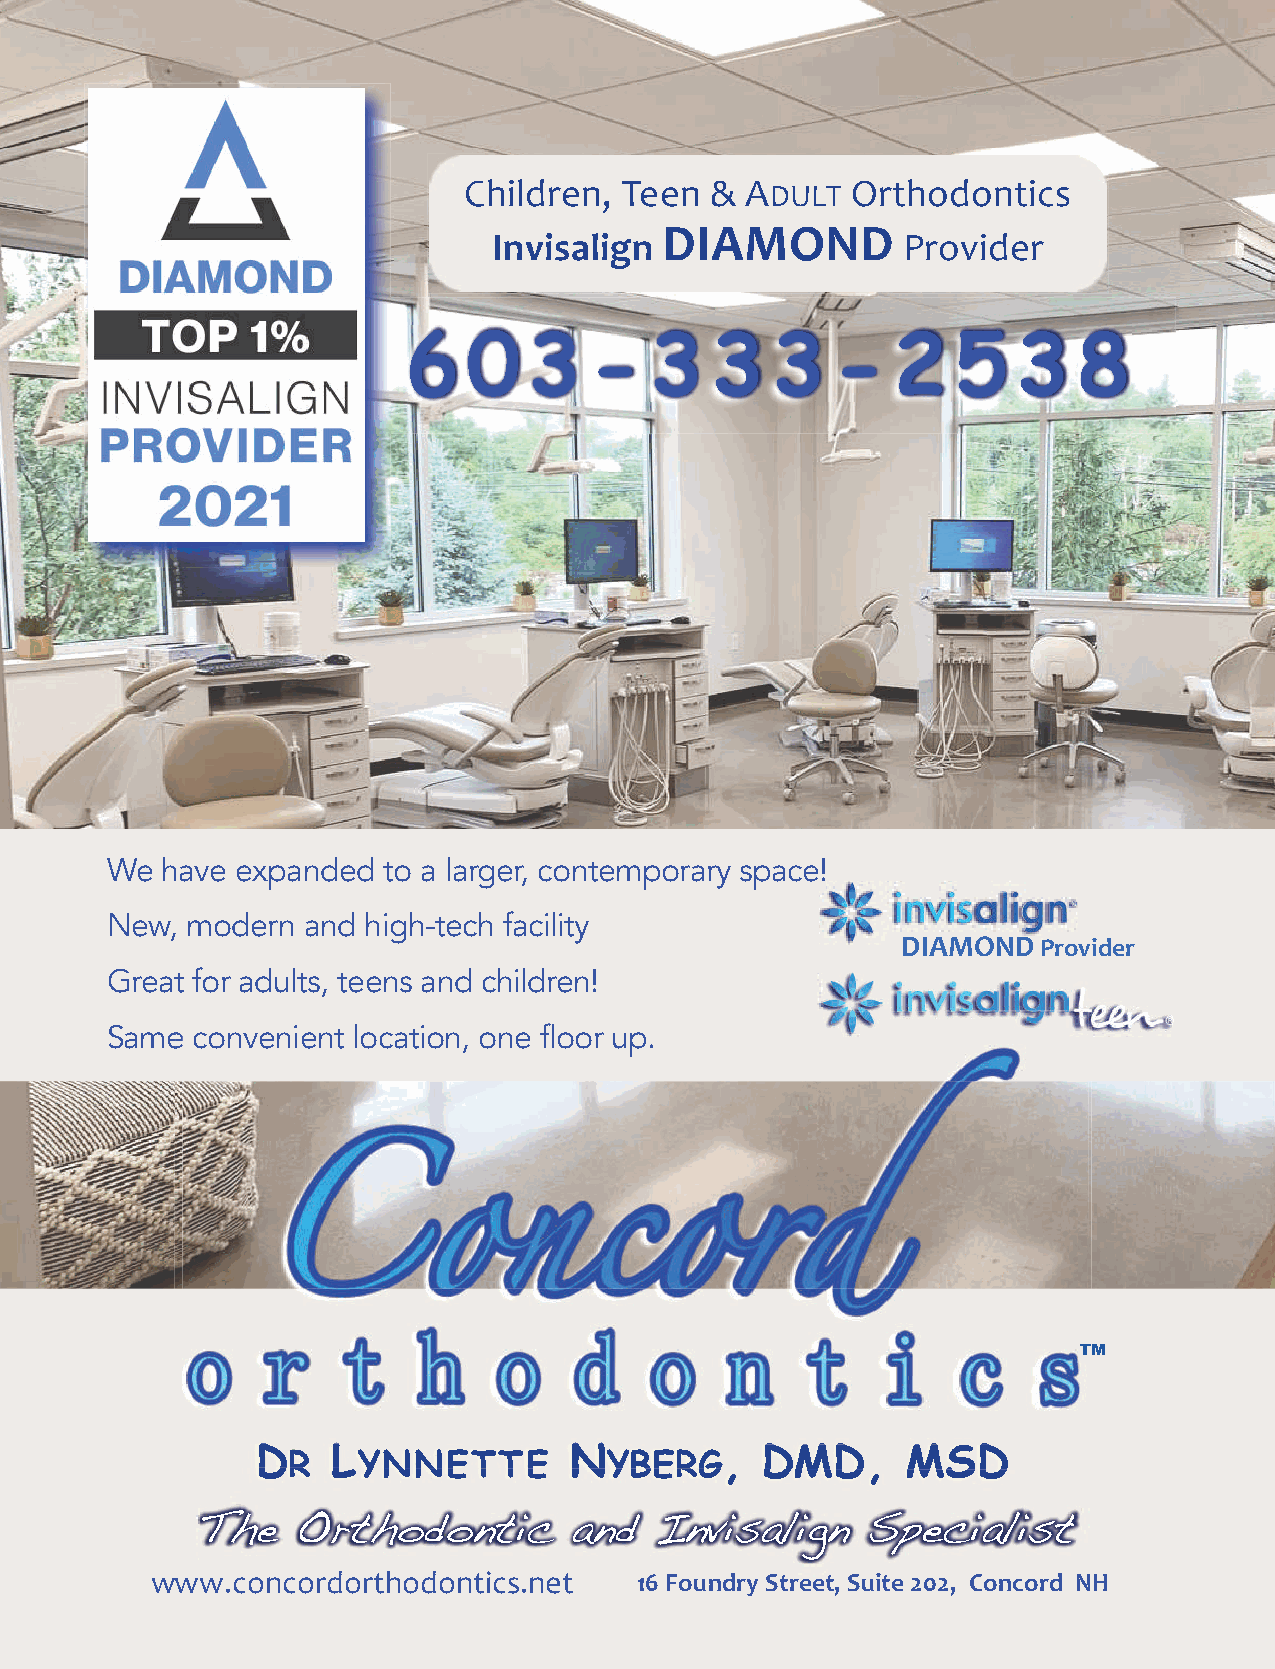
2&%$(!’#1 +’’#  3 5      -!7&"("#7%*8
 0).+
 &#+":!&
 #=1)74’),=                 ,!"6%(’!
 6   0   3   -   3   3   3   -   2   5   3   8
 We  have expanded to a larger, contemporary space!!
 New, modern  and high-tech facility
 &#+":!&89;1)0.9
 Great for adults, teens and children!
 Sameee ccoonnvveenniieenntt llooccaattiioonn,, oonnee fflloooorr uupp..
 ™™™
 DDD  LLL             NNN       , DDDMMMDDD, MMMSSSDDD
 RR   YYNNNNEETTTTEE  YYBBEERRGG
 The    Orthodontic       and  Invisalign    Specialist
 444/*"#*"!("!7&"("#7%*8/#’7     ?<%;3=09/659..5-63)5.>*>- (;=2;90 !$
 Winter 2021-2022 | Around Concord 5